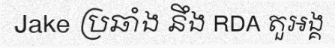
Jake ប្រឆាំង នឹង RDA តួអង្គ